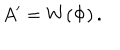
A ^ { \prime } = W \! \left( \Phi \right) .